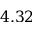
4 . 3 2